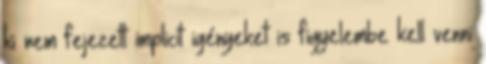
ki nem fejezett implicit igényeket is figyelembe kell venni